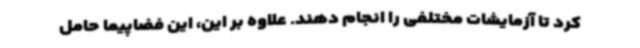
کرد تا آزمایشات مختلفی را انجام دهند. علاوه بر این، این فضاپیما حامل